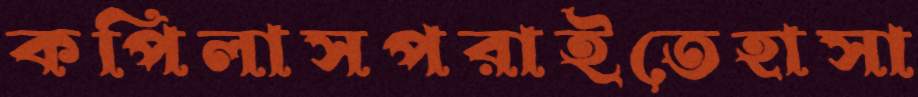
কপিলাসপরাইতেহাসা